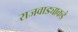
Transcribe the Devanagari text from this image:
राजवाड्याकडे